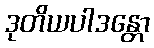
ဒုတိယပါဒန္တော